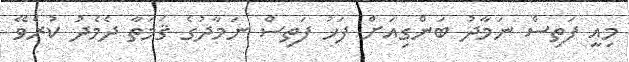
މިއީ ފަތިސް ނަމާދު ބަންގިއަށް ފަހު ފަތިސް ނަމާދުގެ ޤަމަތާ ދެމެދު ކުރެވޭ